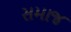
સમાજ